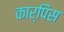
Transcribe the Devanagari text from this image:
कार्पिस